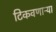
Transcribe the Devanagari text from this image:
टिकवणाऱ्या